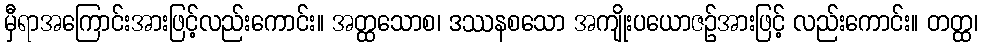
မှီရာအကြောင်းအားဖြင့်လည်းကောင်း။ အတ္ထသောစ၊ ဒဿနစသော အကျိုးပယောဇဉ်အားဖြင့် လည်းကောင်း။ တတ္ထ၊